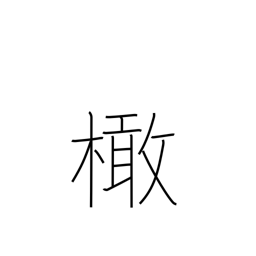
Meaning: olive